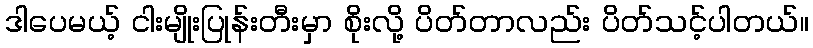
ဒါပေမယ့် ငါးမျိုးပြုန်းတီးမှာ စိုးလို့ ပိတ်တာလည်း ပိတ်သင့်ပါတယ်။